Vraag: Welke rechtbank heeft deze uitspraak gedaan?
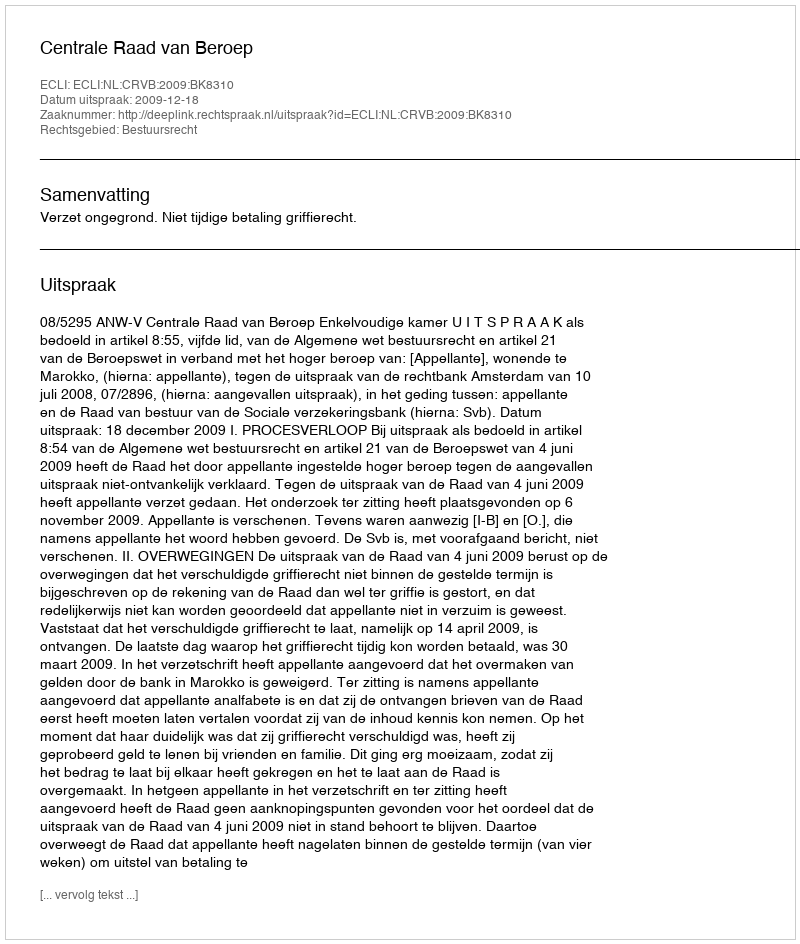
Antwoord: Centrale Raad van Beroep